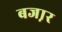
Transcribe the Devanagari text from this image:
बजा़र